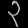
Digit: ၃